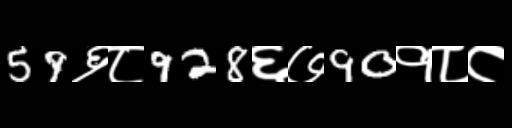
Text: 59६८928६७90१८८